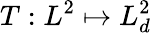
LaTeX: T:L^{2}\mapsto L_{d}^{2}